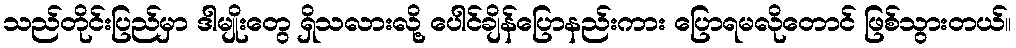
သည်တိုင်းပြည်မှာ ဒါမျိုးတွေ ရှိသလားလို့ ပေါင်ချိန်ပြောနည်းကား ပြောရမလိုတောင် ဖြစ်သွားတယ်။